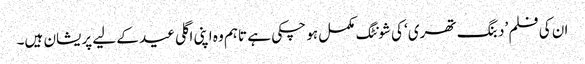
ان کی فلم ’دبنگ تھری‘ کی شونٹگ مکمل ہو چکی ہے تاہم وہ اپنی اگلی عید کے لیے پریشان ہیں۔